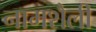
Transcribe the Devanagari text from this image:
नामशैली